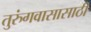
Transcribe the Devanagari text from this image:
तुरुंगवासासाठी